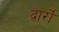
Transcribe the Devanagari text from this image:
द्वार्रों